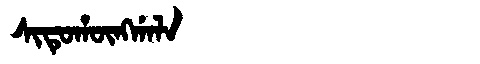
Manchu: ᠰᡳᡨᡠᡥᡡᠩᡤᠠᠯᠠ
Romanization: SITUHŪNGGALA